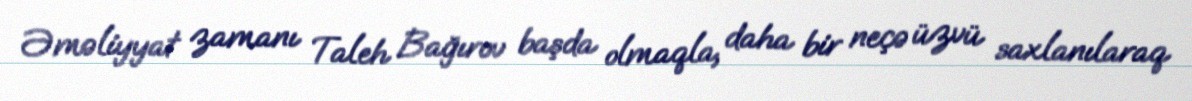
Əməliyyat zamanı Taleh Bağırov başda olmaqla, daha bir neçə üzvü saxlanılaraq